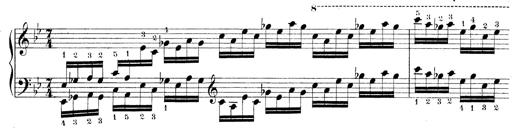
Title: Technische Studien
Composer: Franz Liszt